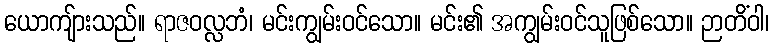
ယောကျ်ားသည်။ ရာဇဝလ္လဘံ၊ မင်းကျွမ်းဝင်သော။ မင်း၏ အကျွမ်းဝင်သူဖြစ်သော။ ဉာတိံဝါ၊